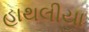
હાથલીયા